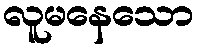
လူမနေသော